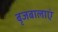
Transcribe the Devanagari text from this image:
बृजबालाएं